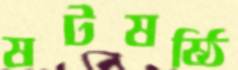
ষটষষ্ঠি